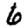
Digit: 6